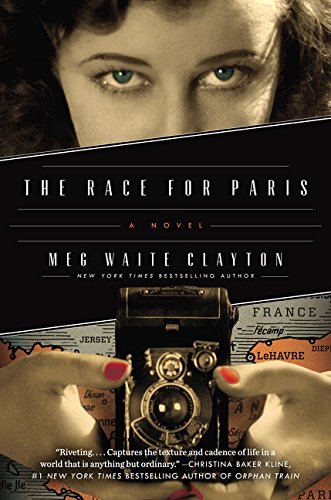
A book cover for The Race for Paris: A Novel; Meg Waite Clayton; Literature & Fiction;